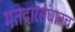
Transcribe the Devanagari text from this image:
मतदारसंघातच